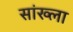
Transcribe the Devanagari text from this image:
सांख्ला